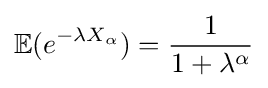
\mathbb {E} (e^{-\lambda X_{\alpha }})={\frac {1}{1+\lambda ^{\alpha }}}